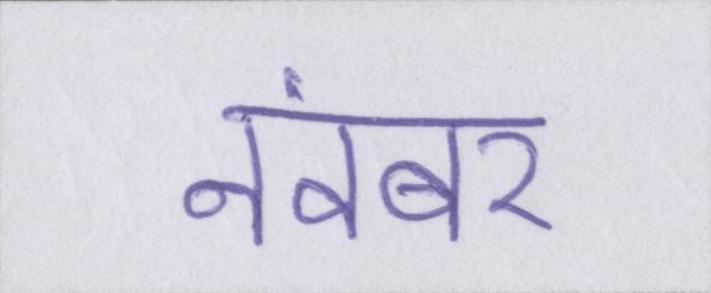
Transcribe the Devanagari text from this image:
नवंबर